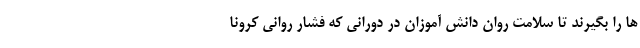
ها را بگیرند تا سلامت روان دانش آموزان در دورانی که فشار روانی کرونا